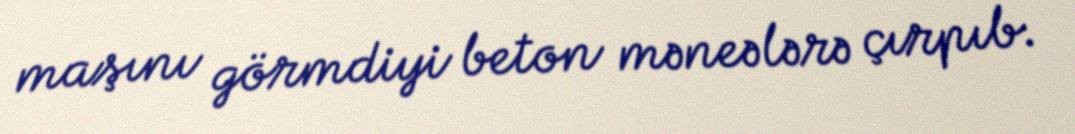
maşını görmdiyi beton məneələrə çırpıb.